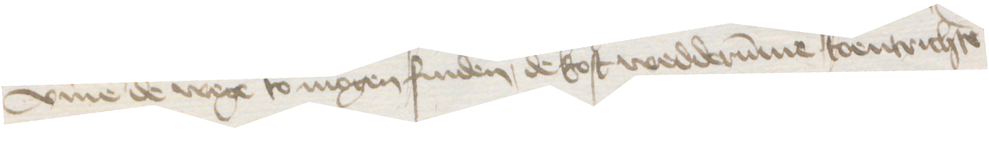
vmme de wege to mogen finden, de kost wedderumme toentrichten